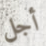
أجل